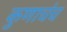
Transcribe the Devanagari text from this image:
कुणाचंच